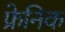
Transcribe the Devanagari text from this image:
फ्रेनिक